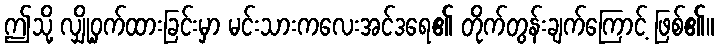
ဤသို့ လျှို့ဝှက်ထားခြင်းမှာ မင်းသားကလေးအင်ဒရေ၏ တိုက်တွန်းချက်ကြောင့် ဖြစ်၏။